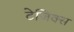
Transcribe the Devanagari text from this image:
टेजिक्स